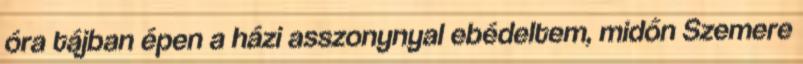
óra tájban épen a házi asszonynyal ebédeltem, midőn Szemere